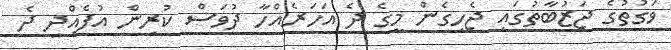
ވަގުތުގެ ޖަޒުބާތުގައި ޖެހިގެން މީގެ ދެ އަހަރެއްހާ ދުވަސް ކުރިން އުފެއްދި ދެ